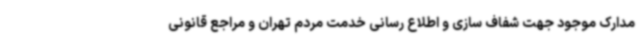
مدارک موجود جهت شفاف سازی و اطلاع رسانی خدمت مردم تهران و مراجع قانونی